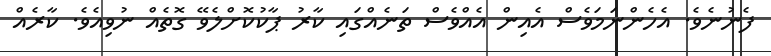
ފެނުނެވެ. އެހެންނަމަވެސް އެއިން އެއްވެސް ތަނެއްގައި ކާރު ޕާކުކޮށްލެވޭ ގޮތެއް ނުވިއެވެ. ކާރެއް